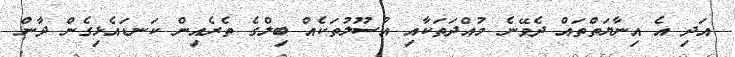
އަދި އެ އިނާޔަތްތައް ދެވޭނެ މުއްދަތަކާއި އުސޫލުތަކެއް ބިލްގެ ތެރެއިން ކަނޑައެޅިގެން ދާން